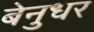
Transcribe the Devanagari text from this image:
बेनुधर